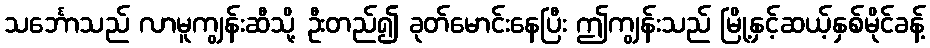
သင်္ဘောသည် လာမူကျွန်းဆီသို့ ဦးတည်၍ ခုတ်မောင်းနေပြီး ဤကျွန်းသည် မြို့နှင့်ဆယ့်နှစ်မိုင်ခန့်